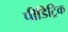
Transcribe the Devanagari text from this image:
पीडिट्रिक